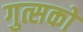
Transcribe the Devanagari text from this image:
गुत्सको